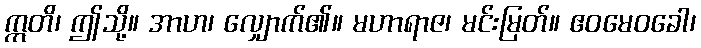
ဣတိ၊ ဤသို့။ အာဟ၊ လျှောက်၏။ မဟာရာဇ၊ မင်းမြတ်။ ဧဝမေဝခေါ၊